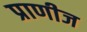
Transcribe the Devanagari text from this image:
प्राणीज